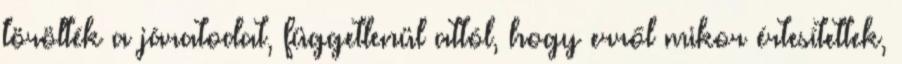
törölték a járatodat, függetlenül attól, hogy erről mikor értesítettek,